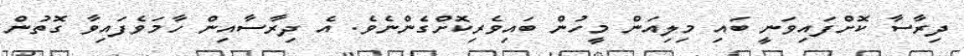
ދިރާސާ ކޮށްފައިވަނީ ބައި މިލިއަން މީހުން ބައިވެރިކޮށްގެންނެވެ. އެ ދިރާސާއިން ހާމަވެފައިވާ ގޮތުން